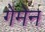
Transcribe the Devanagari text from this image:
गेमेन